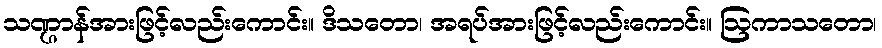
သဏ္ဌာန်အားဖြင့်လည်းကောင်း။ ဒိသတော၊ အရပ်အားဖြင့်လည်းကောင်း။ ဩကာသတော၊